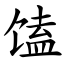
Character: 馌